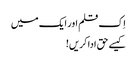
اِک قلم اور ایک میں
کیسے حق ادا کریں!